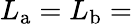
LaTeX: L_{\mathrm{a}}=L_{\mathrm{b}}=